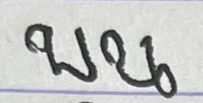
บน